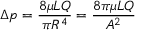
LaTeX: \Delta p = { \frac { 8 \mu L Q } { \pi R ^ { 4 } } } = { \frac { 8 \pi \mu L Q } { A ^ { 2 } } }